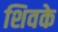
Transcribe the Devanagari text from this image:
शिवके